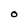
Character: O